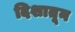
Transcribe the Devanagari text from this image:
दिशातून